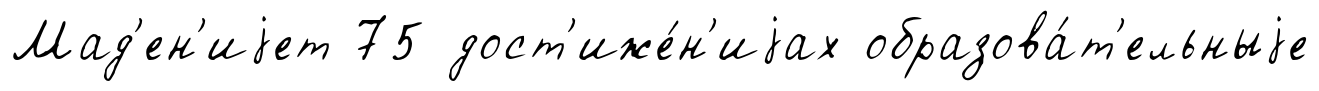
Мад'ен'иjет 75 дост'иже́н'иjах образова́т'ельныjе